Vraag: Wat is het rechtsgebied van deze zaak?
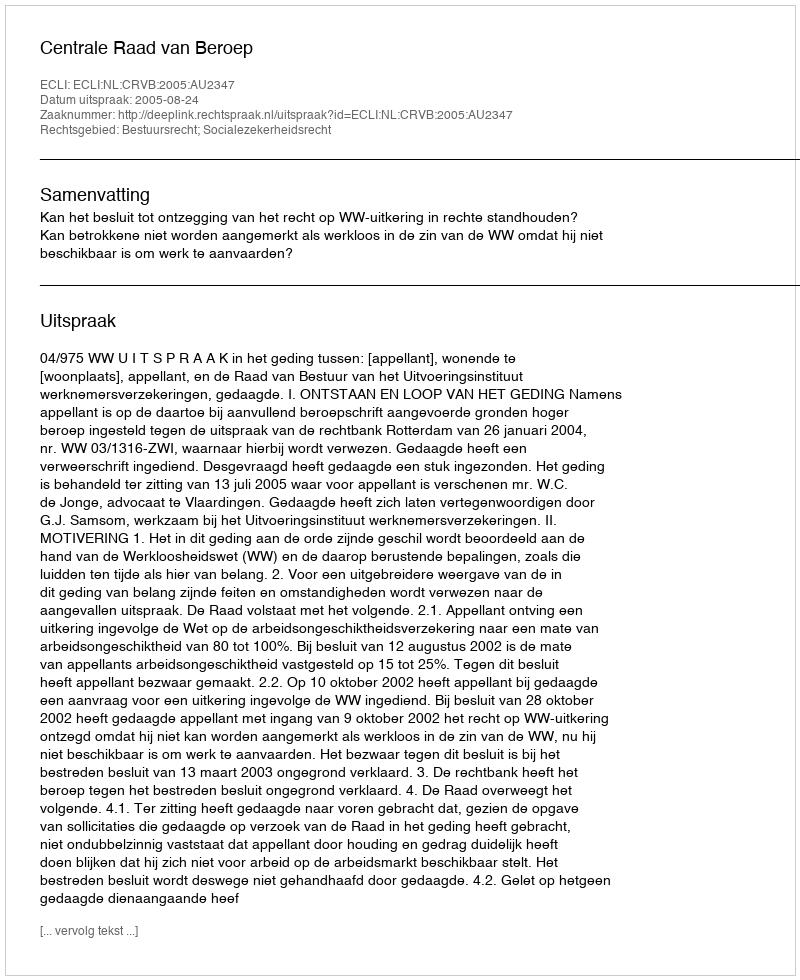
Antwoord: Bestuursrecht; Socialezekerheidsrecht